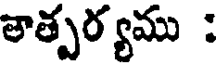
తాత్పర్యము :